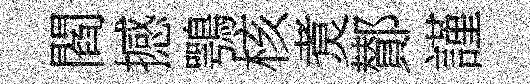
閻撼鶚核煑鄼謹